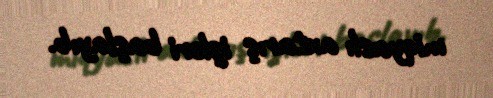
miqyaslı axtarış işləri başlayıb.